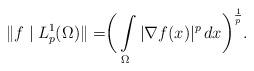
LaTeX: \begin{align*}\|f\mid L^1_p(\Omega)\|=\biggr(\int\limits _{\Omega}|\nabla f(x)|^{p}\, dx\biggr)^{\frac{1}{p}}.\end{align*}